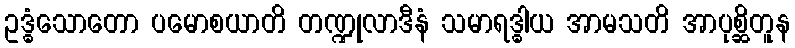
ဥဒ္ဓံသောတော ပမောစယာတိ တဏ္ဍုလာဒီနံ သမာရဒ္ဓါယ အာမသတိ အာပုစ္ဆိတူန